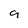
Character: 9